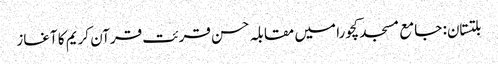
بلتستان: جامع مسجد کچورا میں مقابلہ حسن قرئت قرآن کریم کا آغاز